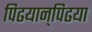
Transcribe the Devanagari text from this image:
पिढयान्‌पिढया